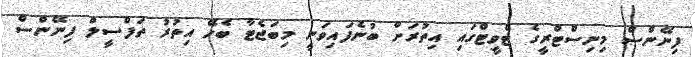
ފިނޭންސް މިނިސްޓްރީގެ ޓްވީޓްގައި އިތުރަށް ބުނެފައިވަނީ މިބަޖެޓާ ބެހޭ އިތުރު ތަފްސީލް ފިނޭންސް